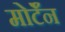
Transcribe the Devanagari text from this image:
मोर्टॅन